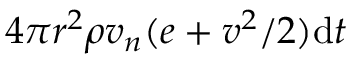
4 \pi r ^ { 2 } \rho v _ { n } ( e + v ^ { 2 } / 2 ) \mathrm { d } t